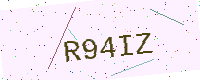
Text: R94IZ